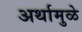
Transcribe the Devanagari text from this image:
अर्थामुळे